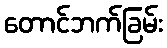
တောင်ဘက်ခြမ်း